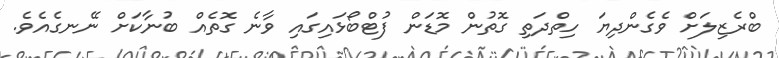
ބްރެޒިލަށް ވެގެންދިޔަ ހިތްދަތި ގޮތުން މޮޑަން ފުޓްބޯޅައިގައި ވާނެ ގޮތެއް ބުނާކަށް ނޭނގެއެވެ.